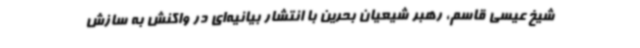
شیخ عیسی قاسم، رهبر شیعیان بحرین با انتشار بیانیه‌ای در واکنش به سازش